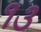
૧૩